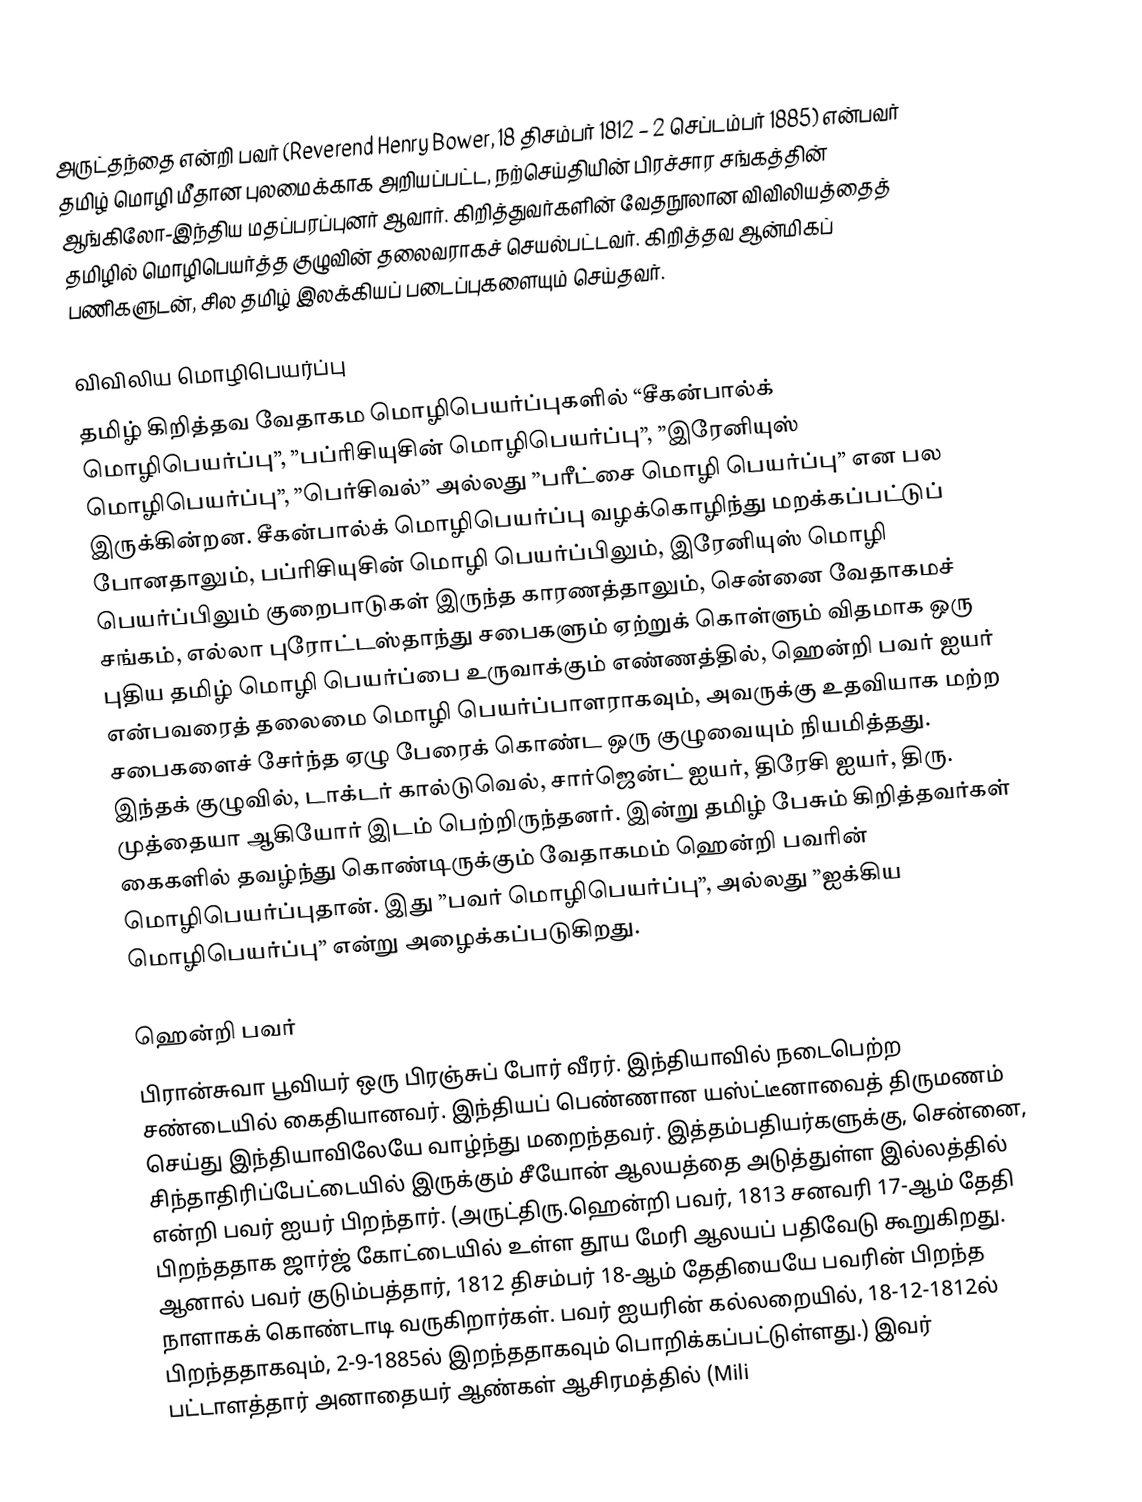
அருட்தந்தை என்றி பவர் (Reverend Henry Bower, 18 திசம்பர் 1812 – 2 செப்டம்பர் 1885) என்பவர் தமிழ் மொழி மீதான புலமைக்காக அறியப்பட்ட, நற்செய்தியின் பிரச்சார சங்கத்தின் ஆங்கிலோ-இந்திய மதப்பரப்புனர் ஆவார்.  கிறித்துவர்களின் வேதநூலான விவிலியத்தைத் தமிழில் மொழிபெயர்த்த குழுவின் தலைவராகச் செயல்பட்டவர். கிறித்தவ ஆன்மிகப் பணிகளுடன், சில தமிழ் இலக்கியப் படைப்புகளையும் செய்தவர்.

விவிலிய மொழிபெயர்ப்பு
தமிழ் கிறித்தவ வேதாகம மொழிபெயர்ப்புகளில் “சீகன்பால்க் மொழிபெயர்ப்பு”, ”பப்ரிசியுசின் மொழிபெயர்ப்பு”,  ”இரேனியுஸ் மொழிபெயர்ப்பு”, ”பெர்சிவல்” அல்லது ”பரீட்சை மொழி பெயர்ப்பு”  என பல இருக்கின்றன. சீகன்பால்க் மொழிபெயர்ப்பு வழக்கொழிந்து மறக்கப்பட்டுப் போனதாலும்,  பப்ரிசியுசின் மொழி பெயர்ப்பிலும், இரேனியுஸ் மொழி பெயர்ப்பிலும் குறைபாடுகள் இருந்த காரணத்தாலும், சென்னை வேதாகமச் சங்கம், எல்லா புரோட்டஸ்தாந்து சபைகளும் ஏற்றுக் கொள்ளும் விதமாக ஒரு புதிய தமிழ் மொழி பெயர்ப்பை உருவாக்கும் எண்ணத்தில், ஹென்றி பவர் ஐயர் என்பவரைத் தலைமை மொழி பெயர்ப்பாளராகவும்,  அவருக்கு உதவியாக மற்ற சபைகளைச் சேர்ந்த ஏழு பேரைக் கொண்ட ஒரு குழுவையும் நியமித்தது.  இந்தக் குழுவில், டாக்டர்  கால்டுவெல்,  சார்ஜென்ட் ஐயர், திரேசி ஐயர், திரு. முத்தையா ஆகியோர் இடம் பெற்றிருந்தனர். இன்று தமிழ் பேசும் கிறித்தவர்கள் கைகளில் தவழ்ந்து கொண்டிருக்கும் வேதாகமம் ஹென்றி பவரின் மொழிபெயர்ப்புதான்.  இது ”பவர் மொழிபெயர்ப்பு”,  அல்லது  ”ஐக்கிய மொழிபெயர்ப்பு”  என்று அழைக்கப்படுகிறது.

ஹென்றி பவர்
பிரான்சுவா பூவியர் ஒரு பிரஞ்சுப் போர் வீரர். இந்தியாவில் நடைபெற்ற சண்டையில் கைதியானவர். இந்தியப் பெண்ணான யஸ்ட்டீனாவைத் திருமணம் செய்து இந்தியாவிலேயே வாழ்ந்து மறைந்தவர். இத்தம்பதியர்களுக்கு, சென்னை, சிந்தாதிரிப்பேட்டையில் இருக்கும் சீயோன் ஆலயத்தை அடுத்துள்ள இல்லத்தில் என்றி பவர் ஐயர் பிறந்தார். (அருட்திரு.ஹென்றி பவர், 1813 சனவரி 17-ஆம் தேதி பிறந்ததாக ஜார்ஜ் கோட்டையில் உள்ள தூய மேரி ஆலயப் பதிவேடு கூறுகிறது. ஆனால் பவர் குடும்பத்தார், 1812 திசம்பர் 18-ஆம் தேதியையே பவரின் பிறந்த நாளாகக் கொண்டாடி வருகிறார்கள். பவர் ஐயரின் கல்லறையில், 18-12-1812ல் பிறந்ததாகவும், 2-9-1885ல் இறந்ததாகவும் பொறிக்கப்பட்டுள்ளது.) இவர் பட்டாளத்தார் அனாதையர் ஆண்கள் ஆசிரமத்தில் (Mili